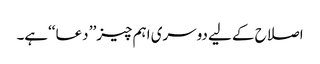
اصلاح کے لیے دوسری اہم چیز’’ دعا ‘‘ہے۔